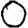
Digit: 0